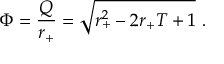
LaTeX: \Phi = { \frac { Q } { r _ { + } } } = \sqrt { r _ { + } ^ { 2 } - 2 r _ { + } T + 1 } \ .